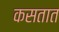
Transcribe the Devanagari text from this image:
कसतात